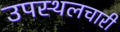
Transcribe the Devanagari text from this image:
उपस्थलचारी